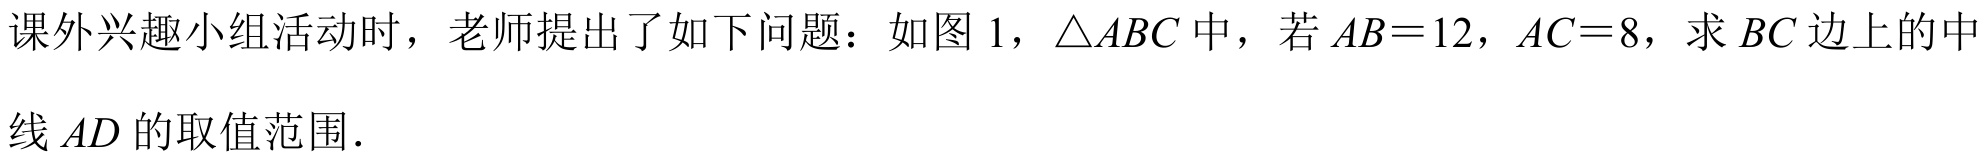
课外兴趣小组活动时，老师提出了如下问题：如图 1，$\triangle ABC$中，若$AB = 12$，$AC = 8$，求$BC$边上的中\\
线$AD$的取值范围．